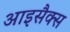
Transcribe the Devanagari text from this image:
आइसैक्स